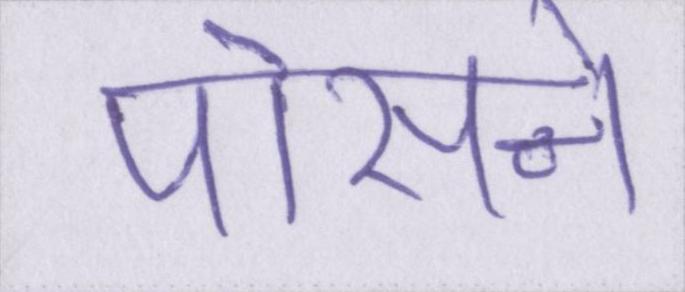
पोसने